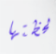
لحظتها